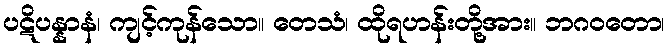
ပဋိပန္နာနံ၊ ကျင့်ကုန်သော။ တေသံ၊ ထိုရဟန်းတို့အား။ ဘဂဝတော၊